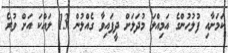
ކަމަށާއި ފުލުހުންގެ އަމިއްލަ މުދަލަށް ދީފައިވާ ގެއްލުން 13 ލައްކަ އަށް ވުރެ